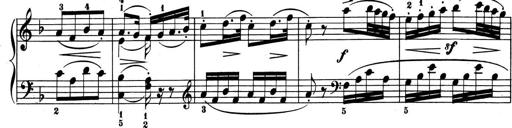
Title: 6 Piano Sonatinas
Composer: Cornelius Gurlitt